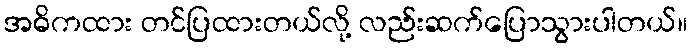
အဓိကထား တင်ပြထားတယ်လို့ လည်းဆက်ပြောသွားပါတယ်။